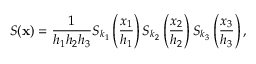
S ( \mathbf x ) = \frac { 1 } { h _ { 1 } h _ { 2 } h _ { 3 } } S _ { k _ { 1 } } \left( \frac { x _ { 1 } } { h _ { 1 } } \right) S _ { k _ { 2 } } \left( \frac { x _ { 2 } } { h _ { 2 } } \right) S _ { k _ { 3 } } \left( \frac { x _ { 3 } } { h _ { 3 } } \right) ,